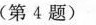
(第4题)